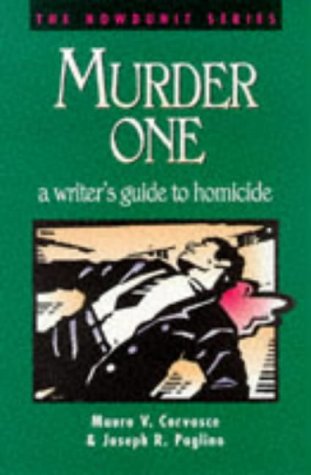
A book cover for Murder One: A Writer's Guide to Homicide (Howdunit Series); Mauro V. Corvasce; Mystery, Thriller & Suspense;